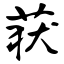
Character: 获